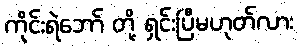
ကိုင်းရဲဘော် တို့ ရှင်းပြီမဟုတ်လား